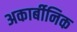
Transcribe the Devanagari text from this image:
अकार्बीनिक